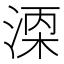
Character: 𬈇